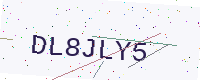
Text: DL8JLY5